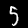
Digit: 5